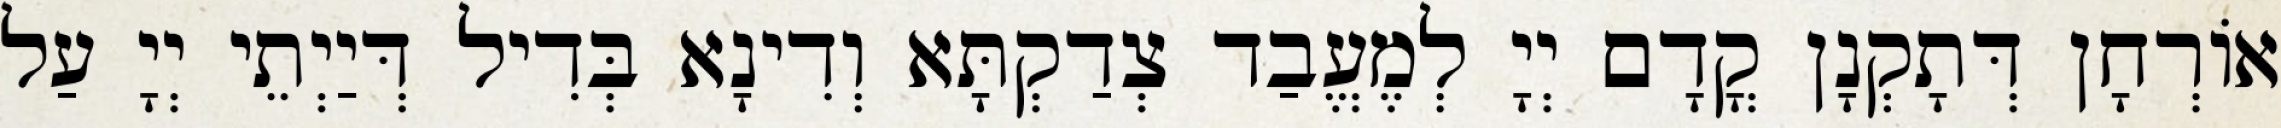
אוֹרְחָן דְּתָקְנָן קֳדָם יְיָ לְמֶעֱבַד צְדַקְתָּא וְדִינָא בְּדִיל דְּיַיְתֵי יְיָ עַל